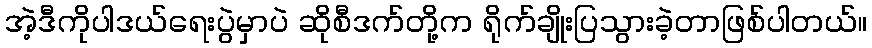
အဲ့ဒီကိုပါဒယ်ရေးပွဲမှာပဲ ဆိုစီဒက်တို့က ရိုက်ချိုးပြသွားခဲ့တာဖြစ်ပါတယ်။